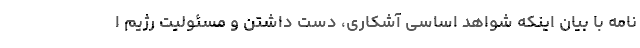
نامه با بیان اینکه شواهد اساسی آشکاری، دست داشتن و مسئولیت رژیم ا